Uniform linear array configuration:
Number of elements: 32
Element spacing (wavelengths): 0.75
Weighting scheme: cosine
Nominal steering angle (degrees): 0
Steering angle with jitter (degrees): -1.364
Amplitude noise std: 0.05
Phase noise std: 0.05

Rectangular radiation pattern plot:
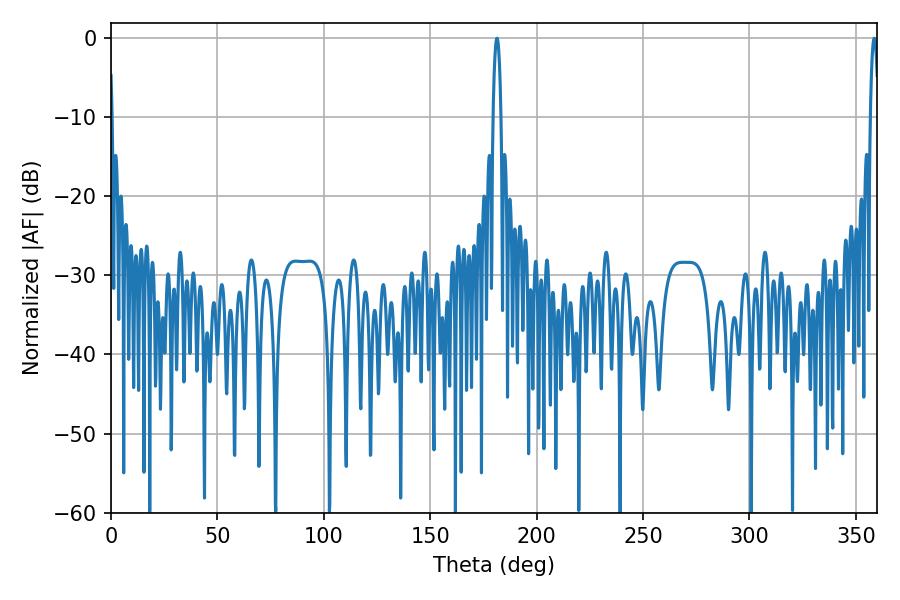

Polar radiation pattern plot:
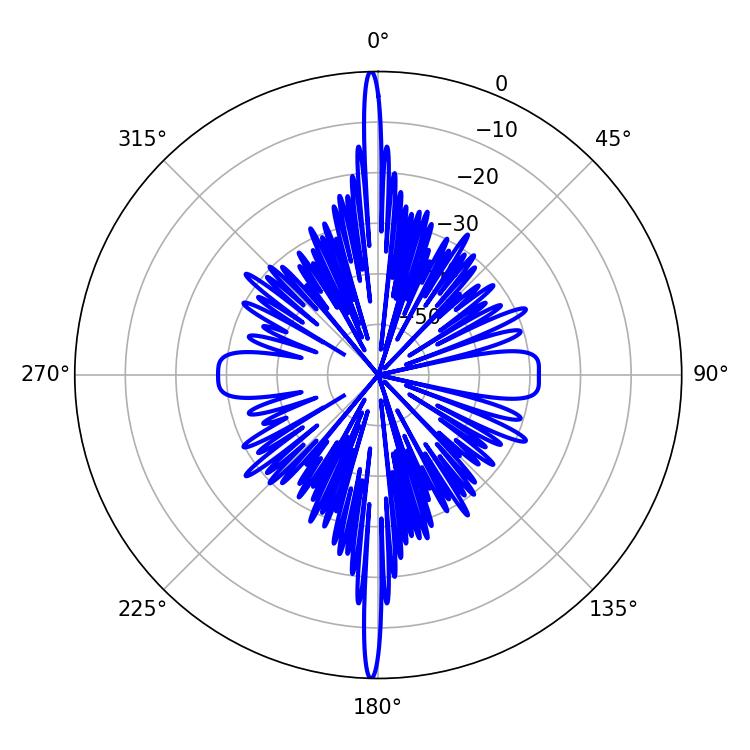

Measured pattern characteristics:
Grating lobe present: TRUE
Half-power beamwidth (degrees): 1.98
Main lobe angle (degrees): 358.56